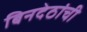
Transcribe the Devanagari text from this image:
बिनदेठांची